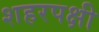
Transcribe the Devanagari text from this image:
शहरपक्षी